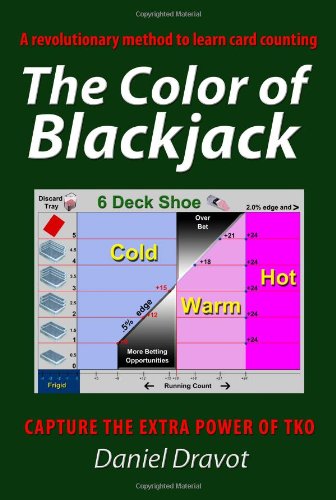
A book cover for The Color of Blackjack : A revolutionary method to learn card counting; Daniel Dravot; Humor & Entertainment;